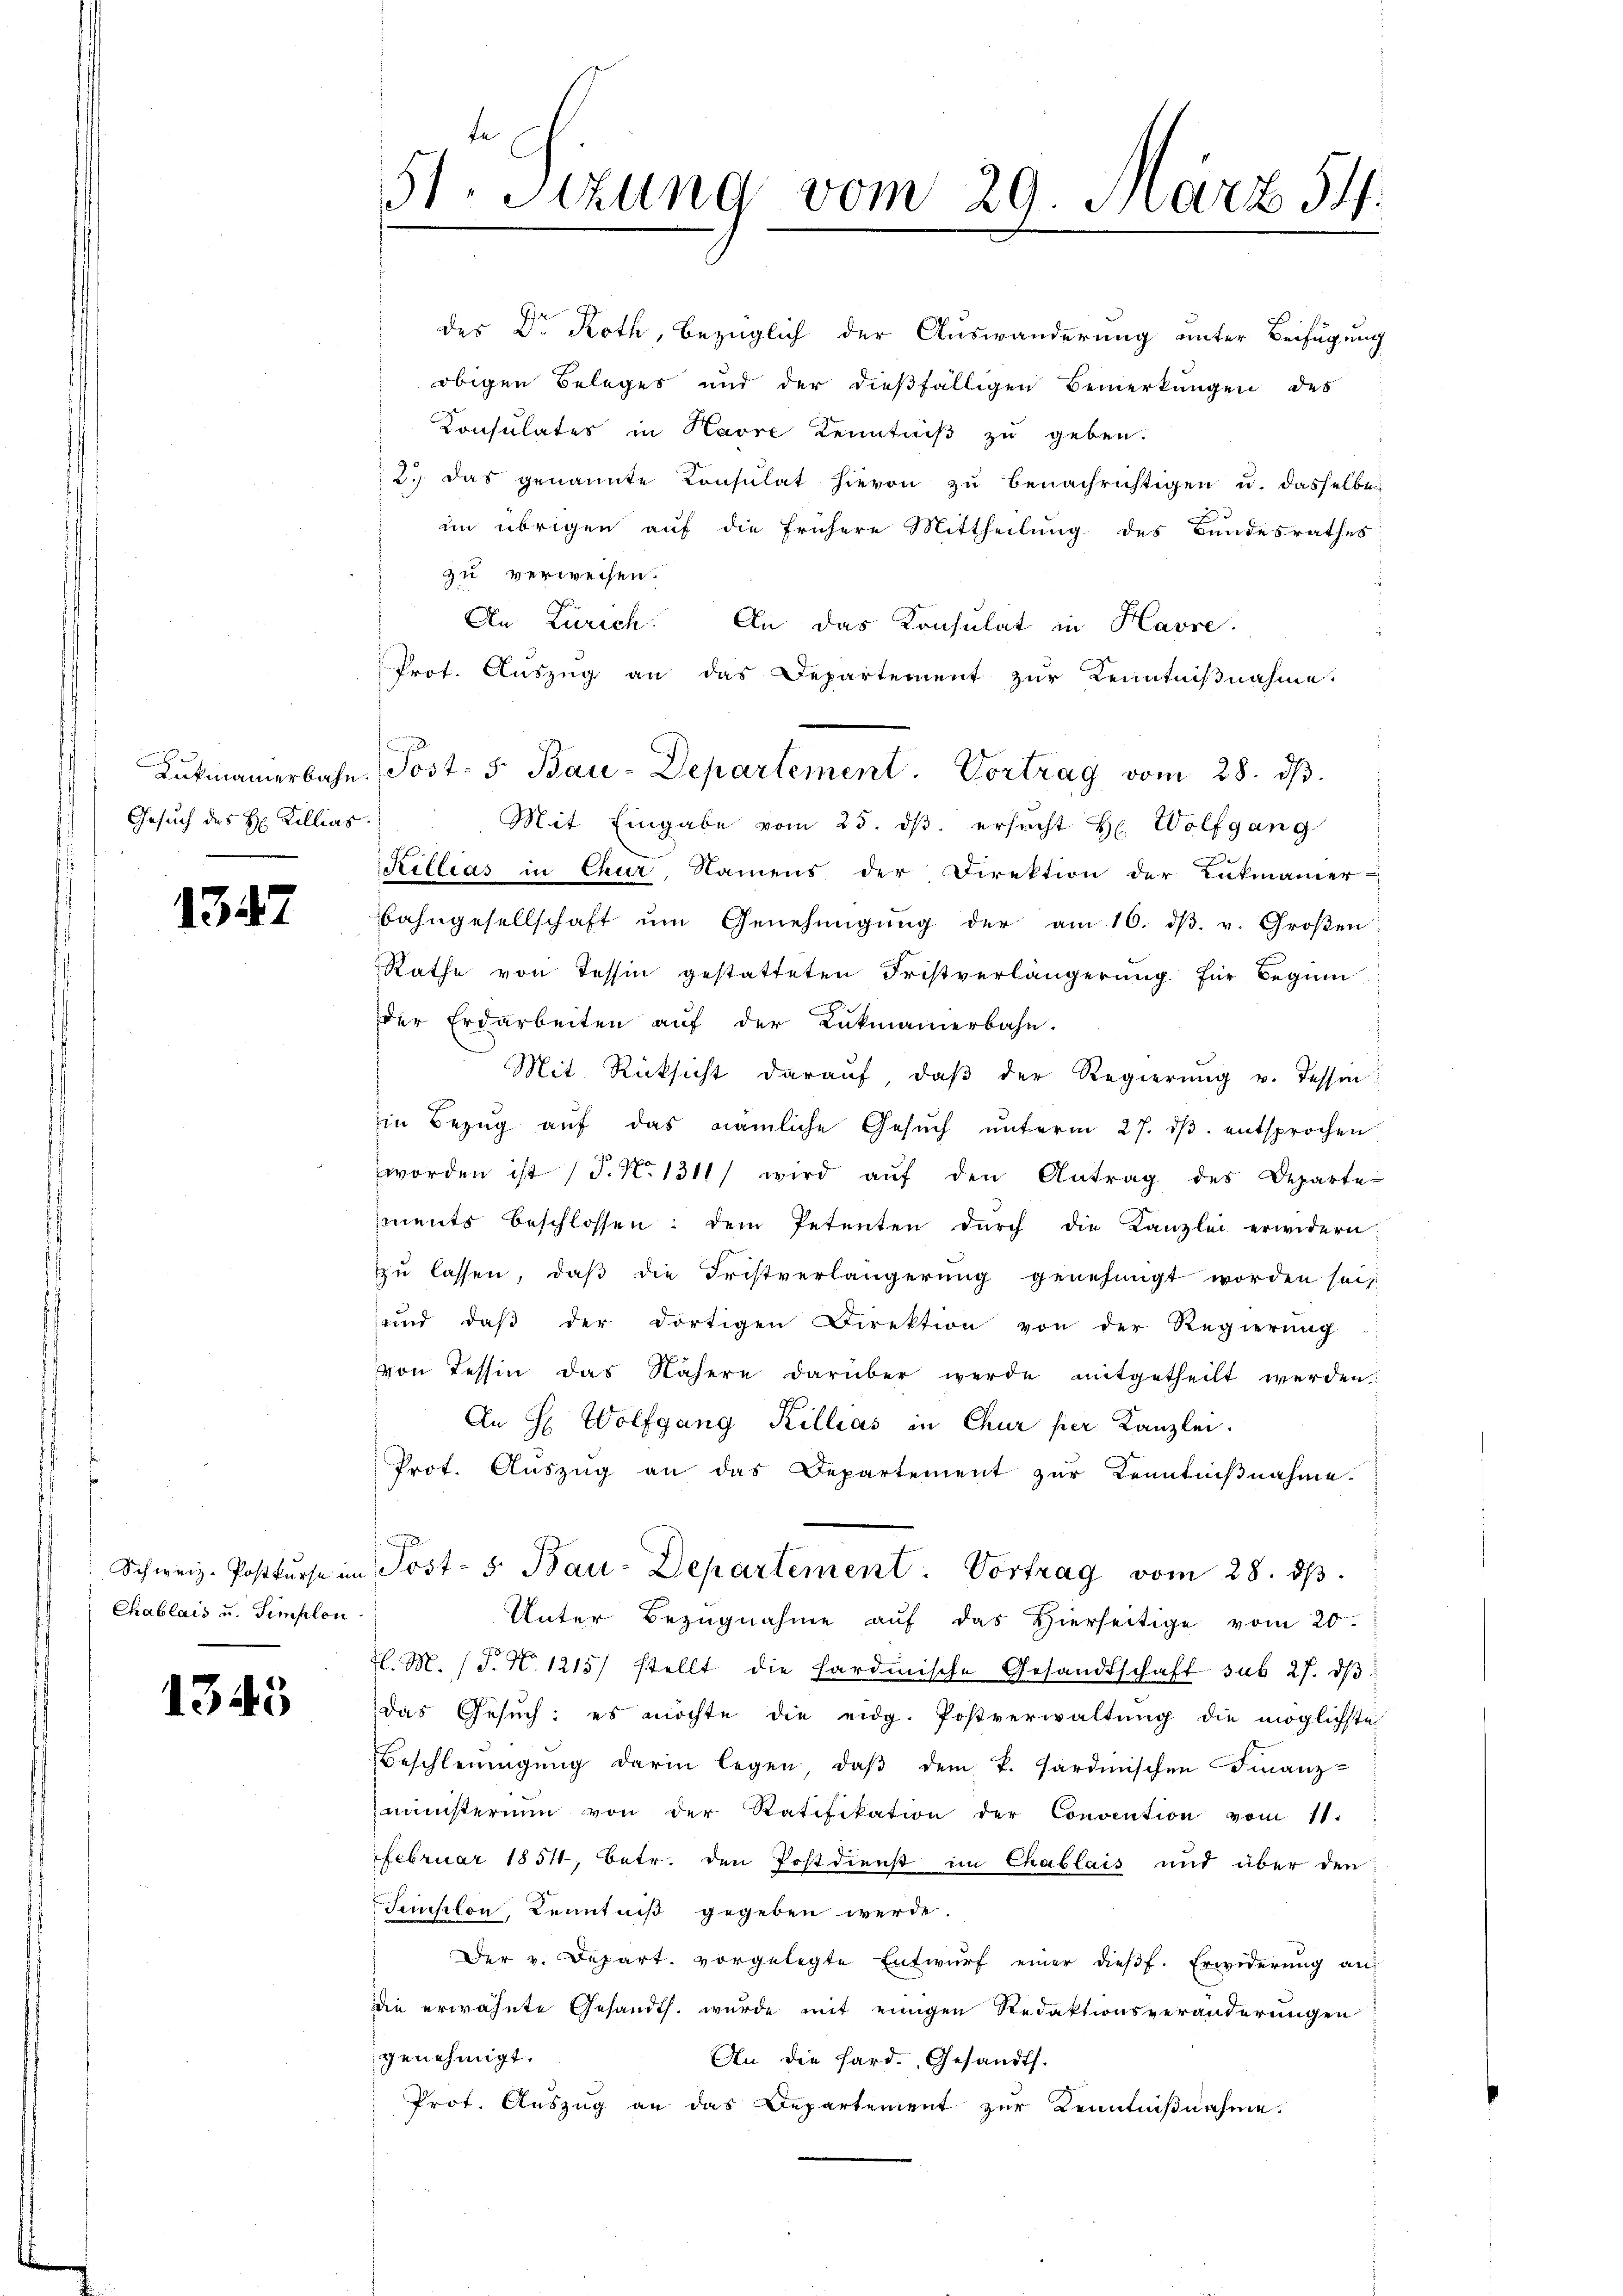
Gesuch des H. Killias.

1347

Chablais u. Simplon

1345

des Dr. Roth, bezüglich der Auswanderung unter Beifügung
obigen Beleges und der dießfälligen Bemerkungen des
Konsulates in Havre Kenntniß zu geben.
12. das genannte Consulat hievon zu benachrichtigen u. dasselben
im übrigen auf die frühere Mittheilung des Bandesrathes:
zu verweisen.
An Zürich. An das Konsulat in Havre
Prot. Auszug an das Departement zur Kenntniβnahme.
Mit Eingabe vom 25. dβ. ersŭcht H. Wolfgang
Killias in Chur, Namens der Direktion der Lukmanner
bahngesellschaft ŭm Genehmigŭng der am 16. dβ. v. Großen:
Rathe von Tessin gestatteten Fristverlängerung für Beginn
der Erdarbeiten aŭf der Lukmannerbahn.
Mit Rücksicht darauf, daß der Regierung u. Tessin
in Bezŭg aŭf das nämliche Gesŭch ŭnterm 27. dβ. entsprochen.
worden ist (d. No. 1311) wird aŭf den Antrag des Departe
iments beschlossen: dem Petenten dŭrch die Kanzlei erwidern:
zu lassen, daß die Fristverlängerung genehmigt worden sei
und daß der dortigen Direktion von der Regierung
von Tessin das Nähere darüber werde mitgetheilt werden.
An H. Wolfgang Killias in Chur per Kanzlei.
Prot. Aŭszŭg an das Departement zŭr Kenntniβnahme.
Schweiz. Postkŭrse im Post- 5. Bau-Departement. Vortrag vom 28. ds.
Unter Bezugnahme auf das Hierseitige vom 20.
tl. M. (T. N. 1215) stellt die hardinische Gesandtschaft sub 27. dβ
das Gesŭch: es möchte die eidg. Postverwaltŭng die möglichste
Beschleunigung darin legen, daß dem k. Sardinischen Finanz-
ministerium von der Ratifikation der Convention vom 11.
Februar 1854, betr. den Postdienst im Chablais und über den
Semselon, Kenntniß gegeben werde
Der v. Depart. vorgelegte Entwurf einer dießf. Erwiderung an
die erwähnte Gesandts. wurde mit einigen Redaktionsveränderungen
genehmigt.
An die Hard. Gesandts.
Prot. Auszug an das Departement zur Kenntnißnahme.

51. Sizung vom 29. März 54.

Lukmanerbahn. Post- 5. Bau-Departement. Vortrag vom 28. dβ.